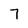
Character: 7